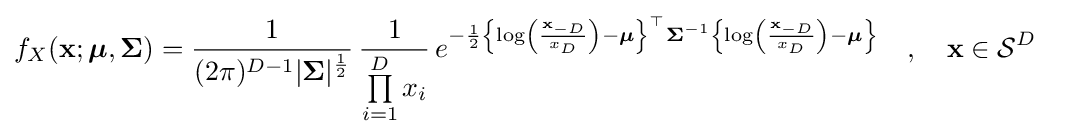
f_{X}(\mathbf {x} ;{\boldsymbol {\mu }},{\boldsymbol {\Sigma }})={\frac {1}{(2\pi )^{D-1}|{\boldsymbol {\Sigma }}|^{\frac {1}{2}}}}\,{\frac {1}{\prod \limits _{i=1}^{D}x_{i}}}\,e^{-{\frac {1}{2}}\left\{\log \left({\frac {\mathbf {x} _{-D}}{x_{D}}}\right)-{\boldsymbol {\mu }}\right\}^{\top }{\boldsymbol {\Sigma }}^{-1}\left\{\log \left({\frac {\mathbf {x} _{-D}}{x_{D}}}\right)-{\boldsymbol {\mu }}\right\}}\quad ,\quad \mathbf {x} \in {\mathcal {S}}^{D}\;\;